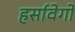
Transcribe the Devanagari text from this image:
हर्सावेगो